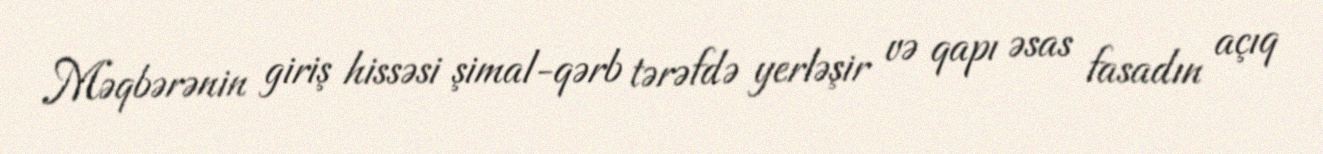
Məqbərənin giriş hissəsi şimal-qərb tərəfdə yerləşir və qapı əsas fasadın açıq